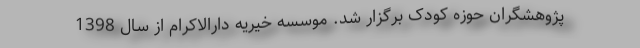
پژوهشگران حوزه کودک برگزار شد. موسسه خیریه دارالاکرام از سال 1398